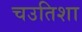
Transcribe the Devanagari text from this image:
चउतिशा